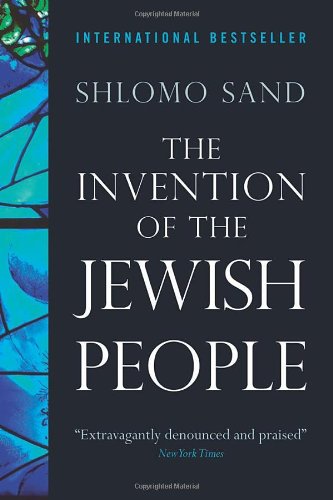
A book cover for The Invention of the Jewish People; Shlomo Sand; History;